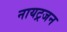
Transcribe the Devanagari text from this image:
नायट्रजन